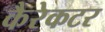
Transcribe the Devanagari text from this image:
कैरेकटर